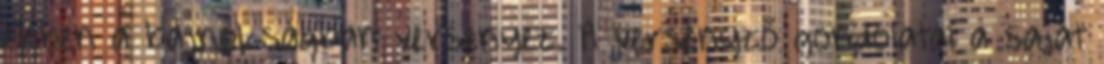
ebben a bajnokságban versenyez. A versenyző gondolatai a saját